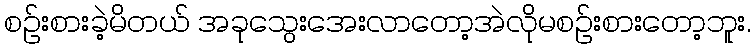
စဉ်းစားခဲ့မိတယ် အခုသွေးအေးလာတော့အဲလိုမစဉ်းစားတော့ဘူး.